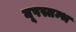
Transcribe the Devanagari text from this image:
यूपस्तम्भ